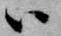
ハ